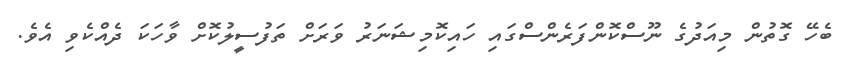
ބެހޭ ގޮތުން މިއަދުގެ ނޫސްކޮންފަރެންސްގައި ހައިކޮމިޝަނަރު ވަރަށް ތަފުސީލުކޮށް ވާހަކަ ދެއްކެވި އެވެ.